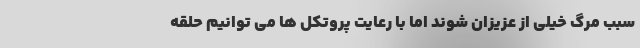
سبب مرگ خیلی از عزیزان شوند اما با رعایت پروتکل ها می توانیم حلقه